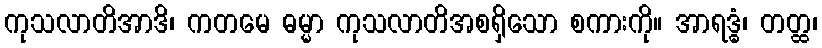
ကုသလာတိအာဒိ၊ ကတမေ ဓမ္မာ ကုသလာတိအစရှိသော စကားကို။ အာရဒ္ဓံ၊ တတ္ထ၊